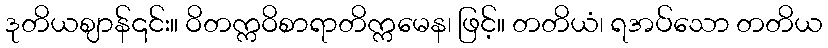
ဒုတိယဈာန်၎င်း။ ဝိတက္ကဝိစာရာတိက္ကမေန၊ ဖြင့်။ တတိယံ၊ ရအပ်သော တတိယ